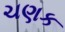
ચણક